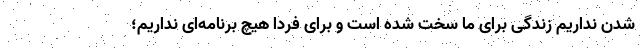
شدن نداریم زندگی برای ما سخت شده است و برای فردا هیچ برنامه‌ای نداریم؛